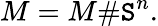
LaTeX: M=M\# \mathtt{S}^{n}.